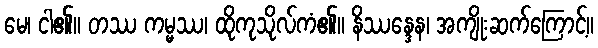
မေ၊ ငါ၏။ တဿ ကမ္မဿ၊ ထိုကုသိုလ်ကံ၏။ နိဿန္ဒေန၊ အကျိုးဆက်ကြောင့်။